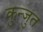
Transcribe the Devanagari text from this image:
कुन्जुत